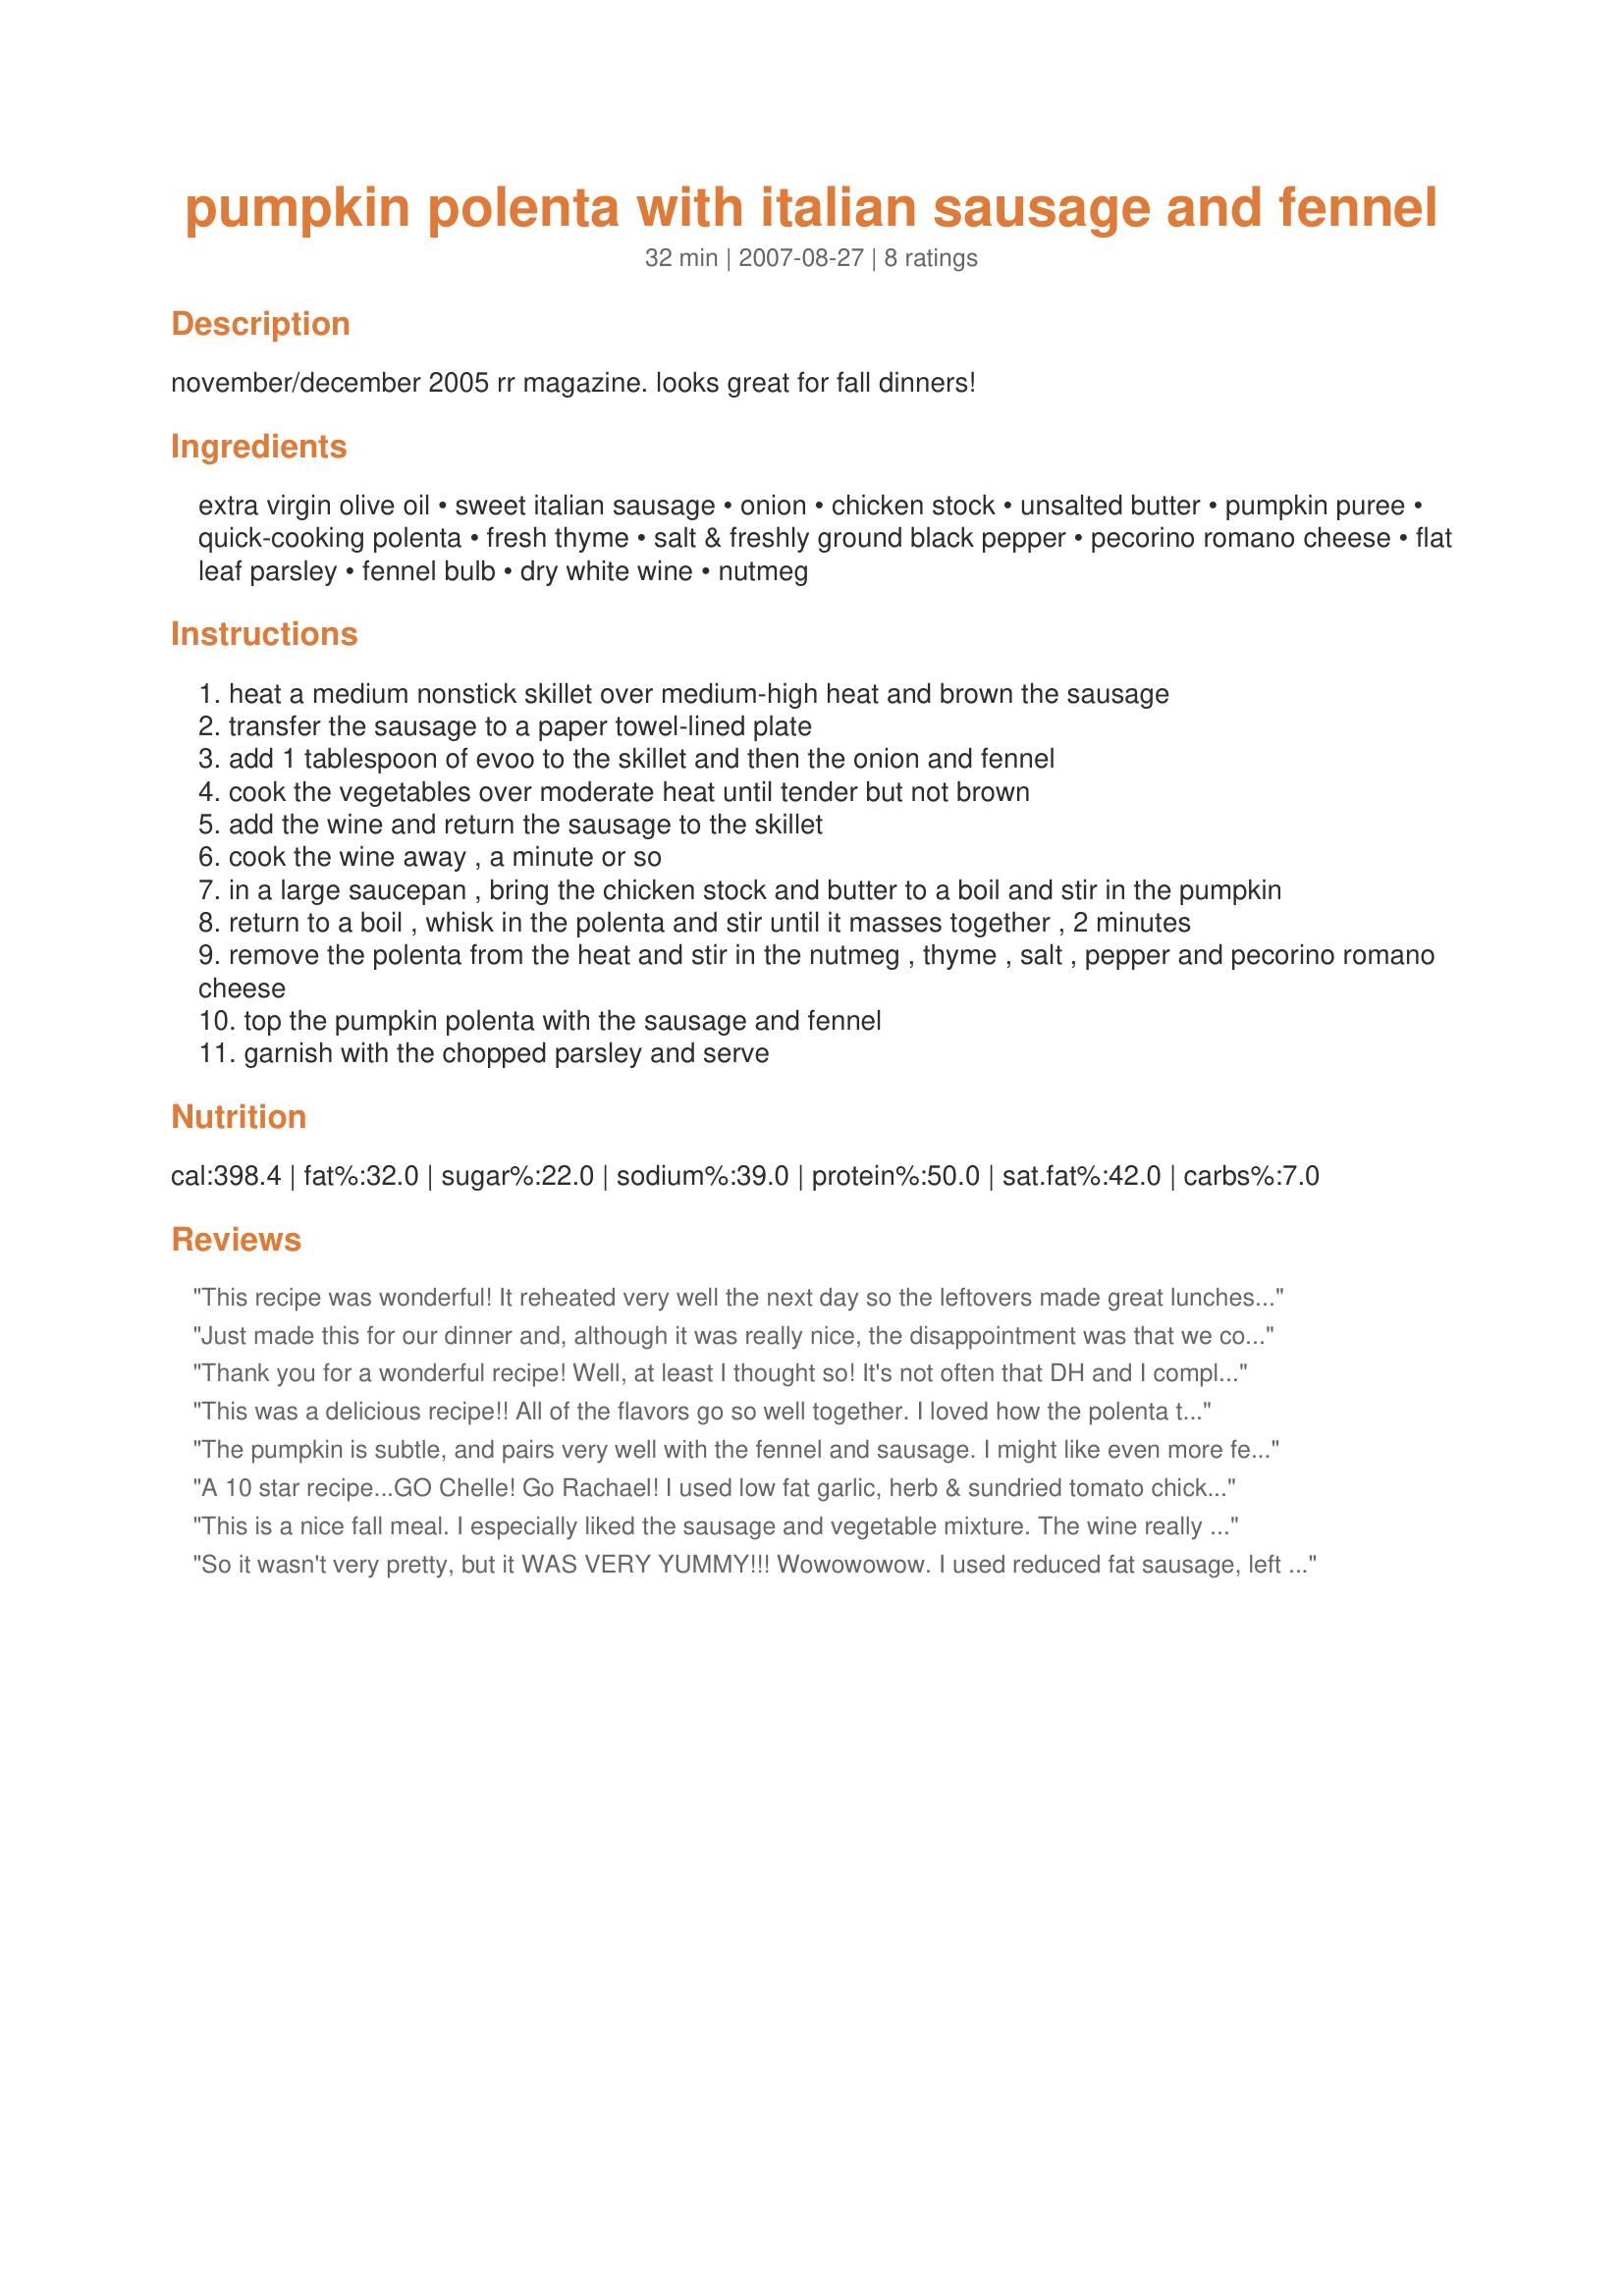
pumpkin polenta with italian sausage and fennel
Preparation time: 32 minutes

november/december 2005 rr magazine. looks great for fall dinners!

Ingredients:
extra virgin olive oil, sweet italian sausage, onion, chicken stock, unsalted butter, pumpkin puree, quick-cooking polenta, fresh thyme, salt & freshly ground black pepper, pecorino romano cheese, flat leaf parsley, fennel bulb, dry white wine, nutmeg

Steps:
heat a medium nonstick skillet over medium-high heat and brown the sausage
transfer the sausage to a paper towel-lined plate
add 1 tablespoon of evoo to the skillet and then the onion and fennel
cook the vegetables over moderate heat until tender but not brown
add the wine and return the sausage to the skillet
cook the wine away , a minute or so
in a large saucepan , bring the chicken stock and butter to a boil and stir in the pumpkin
return to a boil , whisk in the polenta and stir until it masses together , 2 minutes
remove the polenta from the heat and stir in the nutmeg , thyme , salt , pepper and pecorino romano cheese
top the pumpkin polenta with the sausage and fennel
garnish with the chopped parsley and serve

Reviews:
This recipe was wonderful! It reheated very well the next day so the leftovers made great lunches for my husband and me. We will definitely be making this again. It was so creamy and satisfying. Real comfort food! I had to sub Parmesan for the pecorino romano and I used vermouth instead of white wine, only because I didn't have the original ingredients on hand.
Just made this for our dinner and, although it was really nice, the disappointment was that we couldn't taste the pumpkin at all. This was after getting an organic pumpkin, roasting it in fresh Italian herbs from our garden and olive oil and making our own puree. The polenta needed a lot more seasoning (even though I used my own chicen stock and also added fresh herbs from the garden to this). However, the combination of the fennel (again from our garden), beautiful fennel and pepper Italian sausages (from the deli), onions and polenta was really good.
Thank you for a wonderful recipe! Well, at least I thought so! It's not often that DH and I completely disagree on a recipe, but we did on this one. I absolutely love the polenta. I used regular polenta, and it was worth it. The pumpkin flavor is subtle in it, but oh so good! (Pumpkin squashes are very subtle in flavor anyway. They provide a very valuable texture and a lovely color, though, as they do in this recipe.) We used HOT turkey sausage, which was appropriate for our diet and preferences, and added about 3/4 pound of cubed bnls/skls chicken breast, too, for extra protein. I would love even MORE fennel (and I would skip the chicken, because the sausage flavor is SO good!). I was tempted to add the chopped fennel "hair" to the polenta... but didn't. I'd love to make it again, but Gato said it didn't work AT ALL for him. To each their own! LOL!
This was a delicious recipe!! All of the flavors go so well together. I loved how the polenta turned a nice light orange color with the addition of the pumpkin. The only change I made to this recipe is that I went with a chicken italian sausage. I could sit and eat a huge bowl of this! Thanks for a great recipe. Its a keeper.
The pumpkin is subtle, and pairs very well with the fennel and sausage. I might like even more fennel, it was the star here. The freshly grated nutmeg is really nice too. I didn't have quick cooking polenta, so made the regular kind (cooks for about 25 minutes). I also subbed dried thyme, since my garden thyme wasn't doing very well. I used low fat sausage, less oil and cheese, and skipped the butter, still with great results!
A 10 star recipe...GO Chelle! Go Rachael! I used low fat garlic, herb & sundried tomato chicken sausage and canned pumpkin since my market didn't have the puree. Both the polenta and sausage mixture are amazing independent of each other and could be incorporated into other meals. This is really great and I'd love it year-round, not just for Fall meals. Made for the Beverage Tag game.
This is a nice fall meal. I especially liked the sausage and vegetable mixture. The wine really pulls it all together. I think this will even be better tomorrow when all the flavors get to meld togehther.
Thanks!
So it wasn't very pretty, but it WAS VERY YUMMY!!! Wowowowow. I used reduced fat sausage, left out the EVOO & butter, and used parmesan because I had a bag full of it and needed to use it! SO. VERY. DELICIOUS!!! I can not say enough about the taste! And you are not kidding about watching out for boiling polenta. I burned the FIRE out of my hand! Awwww... but it's okay, my mouth is happy :-) I'm definitely making this again, and may try adding other veggies to up the oomph.
